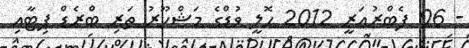
- 06 ފެބްރުއަރީ 2012 ހޮލީ ވުޑްގެ މަޝްހޫރު ތަރި ބްރެޑް ޕިޓާއި